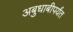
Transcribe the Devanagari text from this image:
अबुधाबीपर्यंत